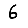
Digit: 6